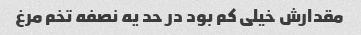
مقدارش خیلی کم بود در حد یه نصفه تخم مرغ